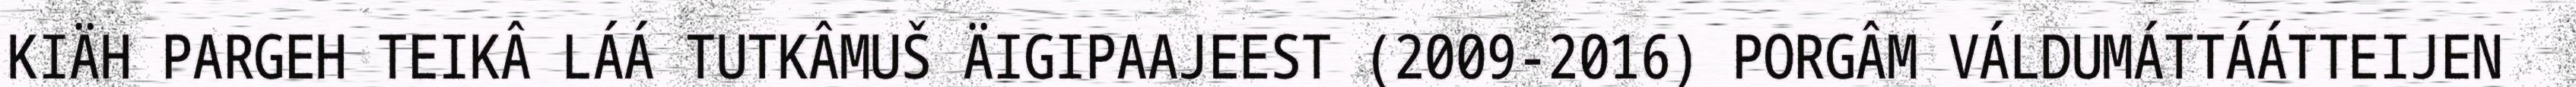
KIÄH PARGEH TEIKÂ LÁÁ TUTKÂMUŠ ÄIGIPAAJEEST (2009-2016) PORGÂM VÁLDUMÁTTÁÁTTEIJEN